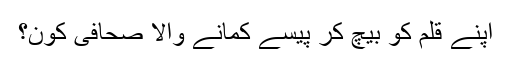
اپنے قلم کو بیچ کر پیسے کمانے والا صحافی کون؟